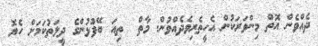
ދެއްވެން އޮތް މިންވަރަކުން އެހީތެރިވެދެއްވުން. މާތް  ތިއަ ބޭފުޅުންގެ ދީލަތުކަމަށް ހެޔޮ